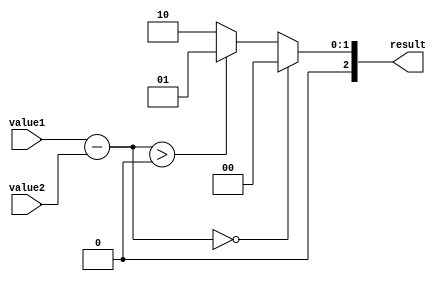
module comparator(
    input [31:0] value1,
    input [31:0] value2,
    output reg [2:0] result
);

reg [31:0] temp_result;

always @(*) begin
    temp_result = value1 - value2;

    if(temp_result == 32'b0) begin
        result = 3'b000; // values are equal
    end else if(temp_result > 32'b0) begin
        result = 3'b001; // value1 is greater than value2
    end else begin
        result = 3'b010; // value1 is less than value2
    end
end

endmodule